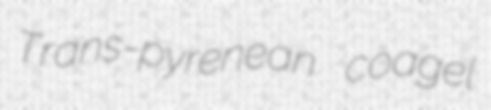
Trans-pyrenean coagel